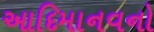
આદિમાનવનો